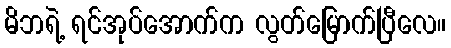
မိဘရဲ့ ရင်အုပ်အောက်က လွတ်မြောက်ပြီလေ။